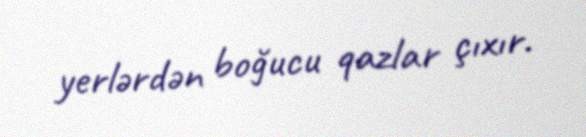
yerlərdən boğucu qazlar çıxır.